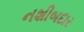
નશીબદાર